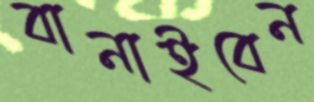
বানাইবেন